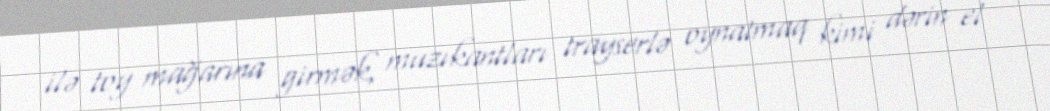
ilə toy mağarına girmək, muzıkantları trayserlə oynatmaq kimi dərin el